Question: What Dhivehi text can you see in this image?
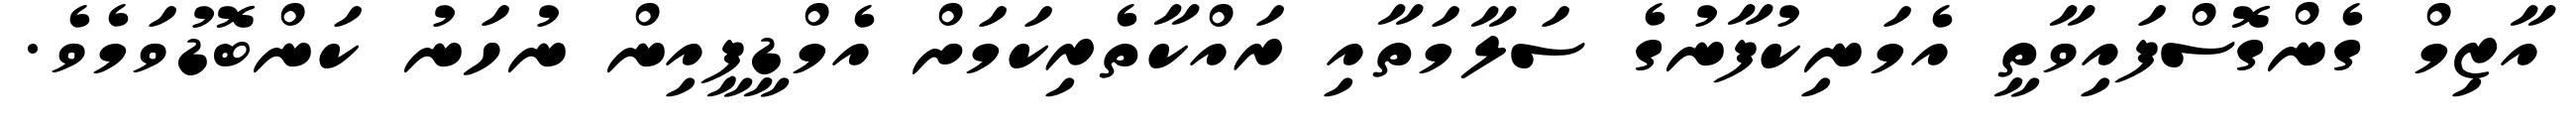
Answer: އާޒިމް ގެންގޮސްފައިވާތީ އެމަނިކުފާނުގެ ސަލާމަތާއި ރައްކާތެރިކަމަށް އެމްޑީޕީއިން ނުހަނު ކަންބޮޑުވަމެވެ.